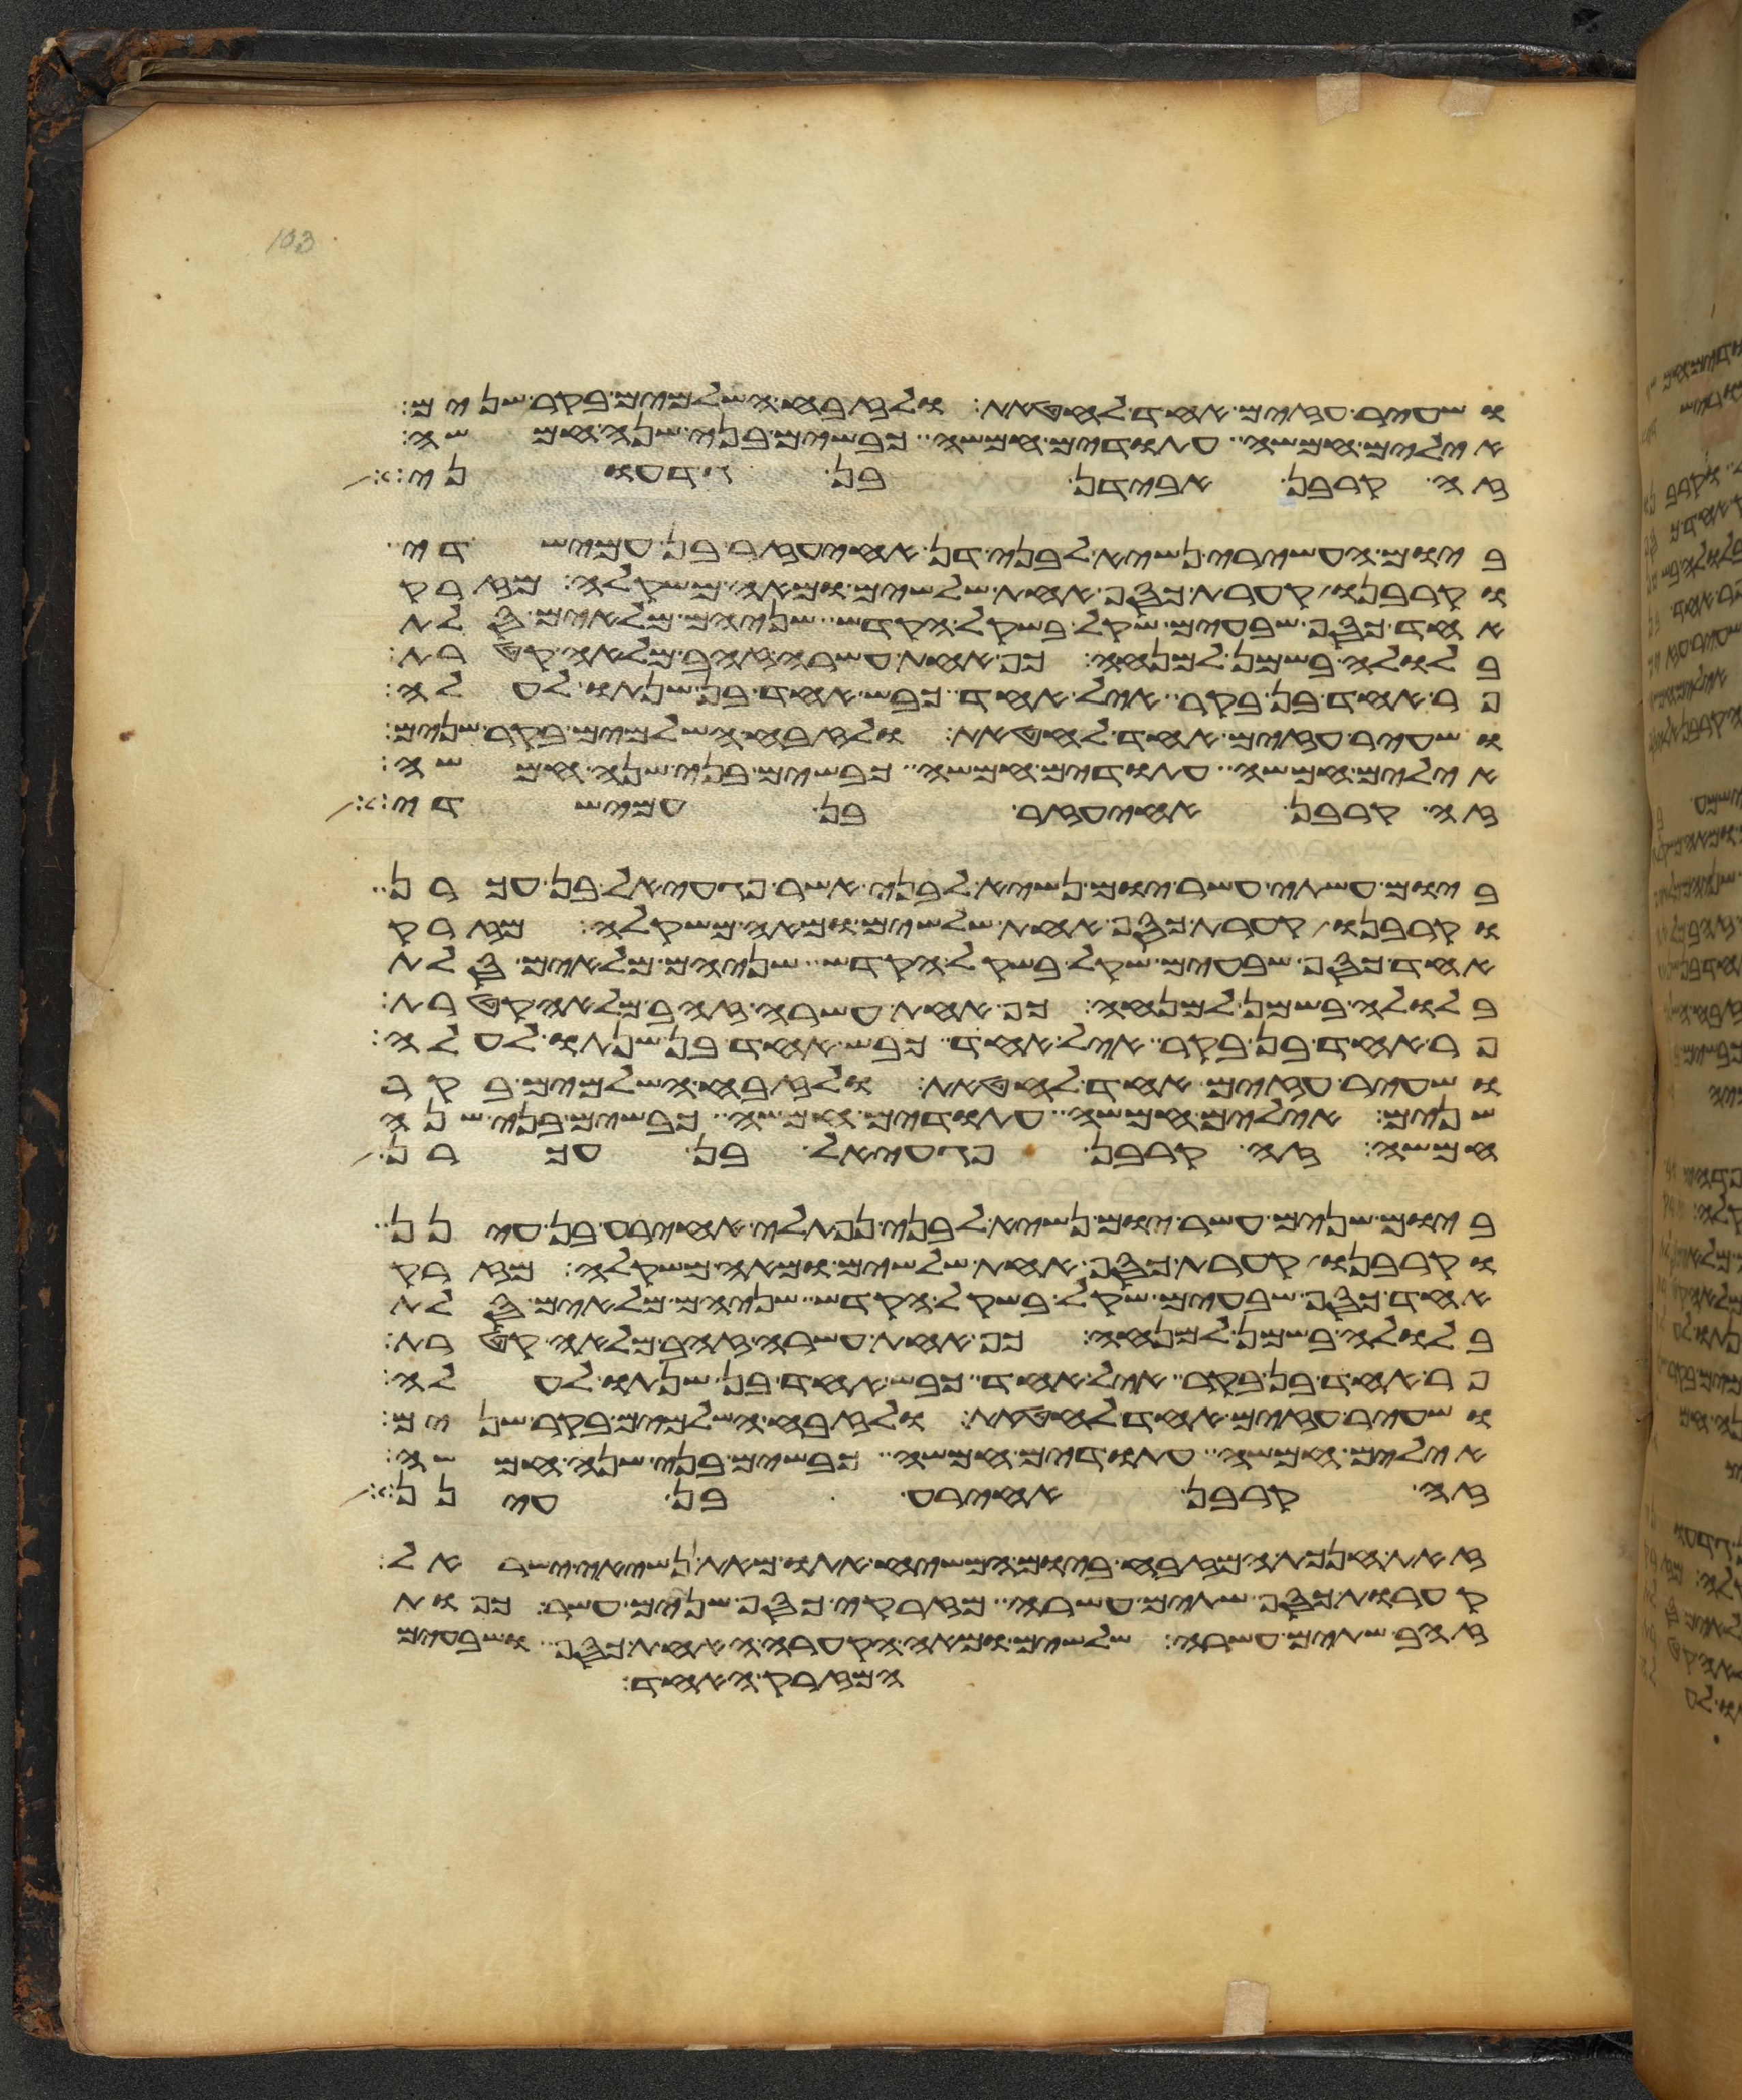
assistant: ושעיר עזים אחד לחטאת ולזבח השלמים בקר שנים
אילים חמשה עתודים חמשה כבשים בני שנה חמשה
זה קרבן אבידן בן גדעוני
ביום העשירי נשיא לבני דן אחיעזר בן עמישדי
וקרבנו קערת כסף אחת שלשים ומאה משקלה מזרק
אחד כסף שבעים שקל בשקל הקדש שניהם מלאים סלת
בלולה בשמן למנחה כף אחת עשרה זהב מלאה קטרת
פר אחד בן בקר איל אחד כבש אחד בן שנתו לעלה
ושעיר עזים אחד לחטאת ולזבח השלמים בקר שנים
אילים חמשה עתודים חמשה כבשים בני שנה חמשה
זה קרבן אחיעזר בן עמישדי
ביום עשתי עשר יום נשיא לבני אשר פגעאל בן עכרן
וקרבנו קערת כסף אחת שלשים ומאה משקלה מזרק
אחד כסף שבעים שקל בשקל הקדש שניהם מלאים סלת
בלולה בשמן למנחה כף אחת עשרה זהב מלאה קטרת
פר אחד בן בקר איל אחד כבש אחד בן שנתו לעלה
ושעיר עזים אחד לחטאת ולזבח השלמים בקר
שנים אילים חמשה עתודים חמשה כבשים בני שנה
חמשה זה קרבן פגעאל בן עכרן
ביום שנים עשר יום נשיא לבני נפתלי אחירע בן עינן
וקרבנו קערת כסף אחת שלשים ומאה משקלה מזרק
אחד כסף שבעים שקל בשקל הקדש שניהם מלאים סלת
בלולה בשמן למנחה כף אחת עשרה זהב מלאה קטרת
פר אחד בן בקר איל אחד כבש אחד בן שנתו לעלה
ושעיר עזים אחד לחטאת ולזבח השלמים בקר שנים
אילים חמשה עתודים חמשה כבשים בני שנה חמשה
זה קרבן אחירע בן עינן
זאת חנכת המזבח ביום המשיח אתו מאת נשיאי ישראל
קערות כסף שתים עשרה מזרקי כסף שנים עשר כפות
זהב שתים עשרה שלשים ומאה הקערה האחת הכסף ושבעים
המזרק האחד